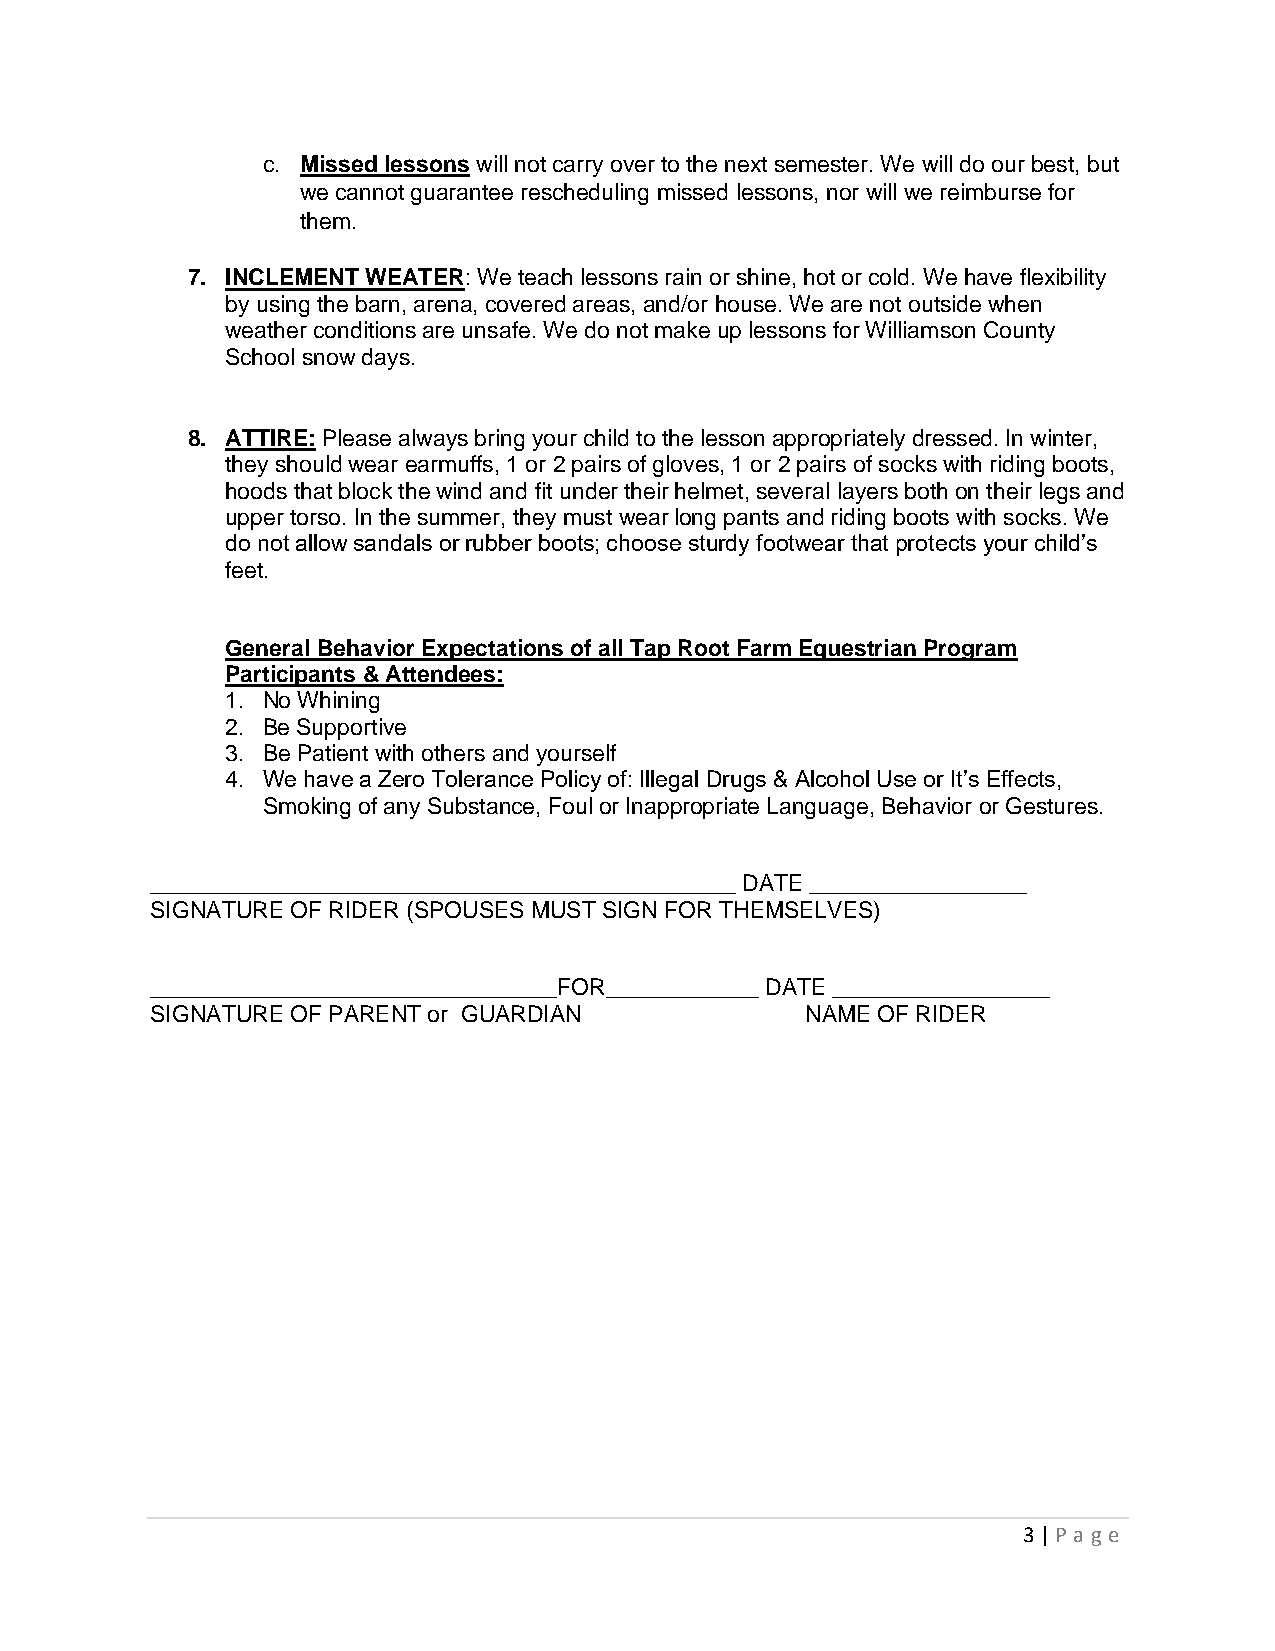
c. Missed lessons will not carry over to the next semester. We will do our best, but
 we cannot guarantee rescheduling missed lessons, nor will we reimburse for
 them.
 7. INCLEMENT WEATER: We teach lessons rain or shine, hot or cold. We have flexibility
 by using the barn, arena, covered areas, and/or house. We are not outside when
 weather conditions are unsafe. We do not make up lessons for Williamson County
 School snow days.
 8. ATTIRE: Please always bring your child to the lesson appropriately dressed. In winter,
 they should wear earmuffs, 1 or 2 pairs of gloves, 1 or 2 pairs of socks with riding boots,
 hoods that block the wind and fit under their helmet, several layers both on their legs and
 upper torso. In the summer, they must wear long pants and riding boots with socks. We
 do not allow sandals or rubber boots; choose sturdy footwear that protects your child’s
 feet.
 General Behavior Expectations of all Tap Root Farm Equestrian Program
 Participants & Attendees:
 1. No Whining
 2. Be Supportive
 3. Be Patient with others and yourself
 4. We have a Zero Tolerance Policy of: Illegal Drugs & Alcohol Use or It’s Effects,
 Smoking of any Substance, Foul or Inappropriate Language, Behavior or Gestures.
 ______________________________________________ DATE _________________
 SIGNATURE OF RIDER (SPOUSES MUST SIGN FOR THEMSELVES)
 ________________________________FOR____________ DATE _________________
 SIGNATURE OF PARENT or GUARDIAN            NAME OF RIDER
 3 | P age